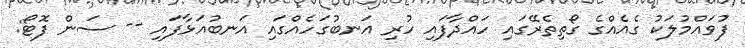
ފުވައްމުލަކު ގެއެއްގެ ގޯތިތެރޭގައި ހައްދާފައި ހުރި އަނބުގަހެއްގައި އަނބުއަޅާފައި -- ސަން ފޮޓޯ: